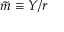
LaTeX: { \tilde { m } } \equiv Y / r